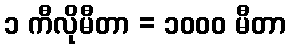
၁ ကီလိုမီတာ = ၁၀၀၀ မီတာ